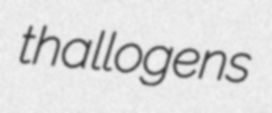
thallogens